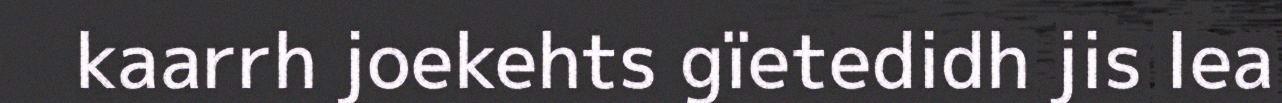
kaarrh joekehts gïetedidh jis lea